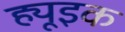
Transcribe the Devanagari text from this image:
ह्यूइक